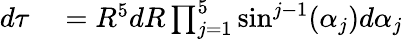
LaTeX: \begin{array}{rl}{d\tau}&{{}=R^{5}dR\prod_{j=1}^{5}\sin^{j-1}(\alpha_{j})d\alpha_{j}}\end{array}